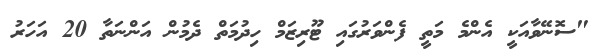
"ސޮނޭވާއަކީ އެންމެ މަތީ ފެންވަރުގައި ޓޫރިޒަމް ހިދުމަތް ދެމުން އަންނަތާ 20 އަހަރު